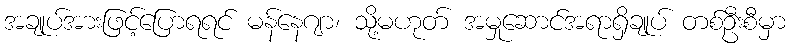
အချုပ်အားဖြင့်ပြောရရင် မန်နေဂျာ၊ သို့မဟုတ် အမှုဆောင်အရာရှိချုပ် တစ်ဦးစီမှာ